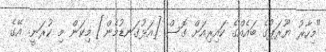
"މިހާރު ޔޫރަޕުގެ ބައެއްގެ ކައިރިއަށް ގޮސް [އަޅުގަނޑުމެން] މިކަން މި ކުރަނީ. އޭގެ